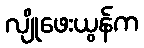
လျိုဖေးယွန်က